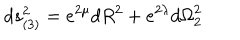
d s _ { ( 3 ) } ^ { 2 } = e ^ { 2 \mu } d R ^ { 2 } + e ^ { 2 \lambda } d { \Omega } _ { 2 } ^ { 2 }